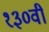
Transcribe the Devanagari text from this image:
१३०वी